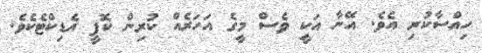
ހިއްސާކުރި އެވެ. އޭނާ އަކީ ވެސް މީގެ އަހަރެއް ކުރިން ކޮފީ އެޑިކްޓެކެވެ.